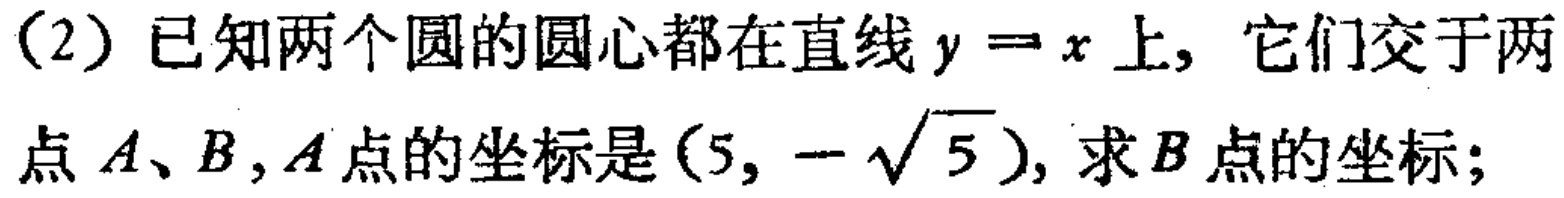
(2) 已知两个圆的圆心都在直线 \(y = x\) 上，它们交于两点 \(A、B\)，\(A\) 点的坐标是 \((5,-\sqrt{5})\)，求 \(B\) 点的坐标；